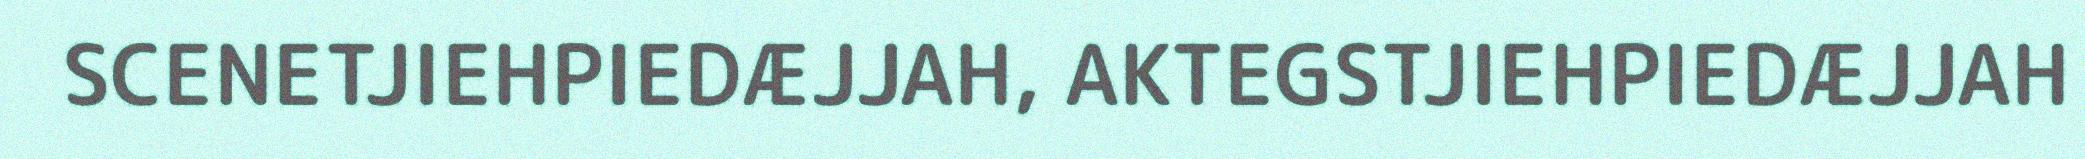
SCENETJIEHPIEDÆJJAH, AKTEGSTJIEHPIEDÆJJAH